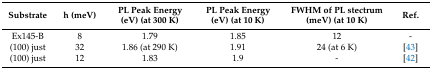
<table><thead><tr><td><b>Substrate</b></td><td><b>h (meV)</b></td><td><b>PL Peak Energy (eV) (at 300 K)</b></td><td><b>PL Peak Energy (eV) (at 10 K)</b></td><td><b>FWHM of PL stectrum (meV) (at 10 K)</b></td><td><b>Ref.</b></td></tr></thead><tbody><tr><td>Ex145-B</td><td>8</td><td>1.79</td><td>1.85</td><td>12</td><td>-</td></tr><tr><td>(100) just</td><td>32</td><td>1.86 (at 290 K)</td><td>1.91</td><td>24 (at 6 K)</td><td>[43]</td></tr><tr><td>(100) just</td><td>12</td><td>1.83</td><td>1.9</td><td>-</td><td>[42]</td></tr></tbody></table>